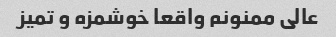
عالی ممنونم واقعا خوشمزه و تمیز